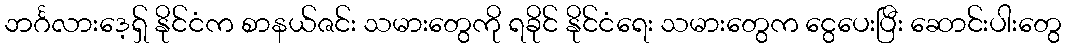
ဘင်္ဂလားဒေ့ရှ် နိုင်ငံက စာနယ်ဇင်း သမားတွေကို ရခိုင် နိုင်ငံရေး သမားတွေက ငွေပေးပြီး ဆောင်းပါးတွေ